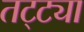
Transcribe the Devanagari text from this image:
तट्ट्या